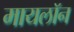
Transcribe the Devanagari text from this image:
मायलॉन